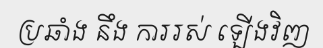
ប្រឆាំង នឹង ការរស់ ឡើងវិញ